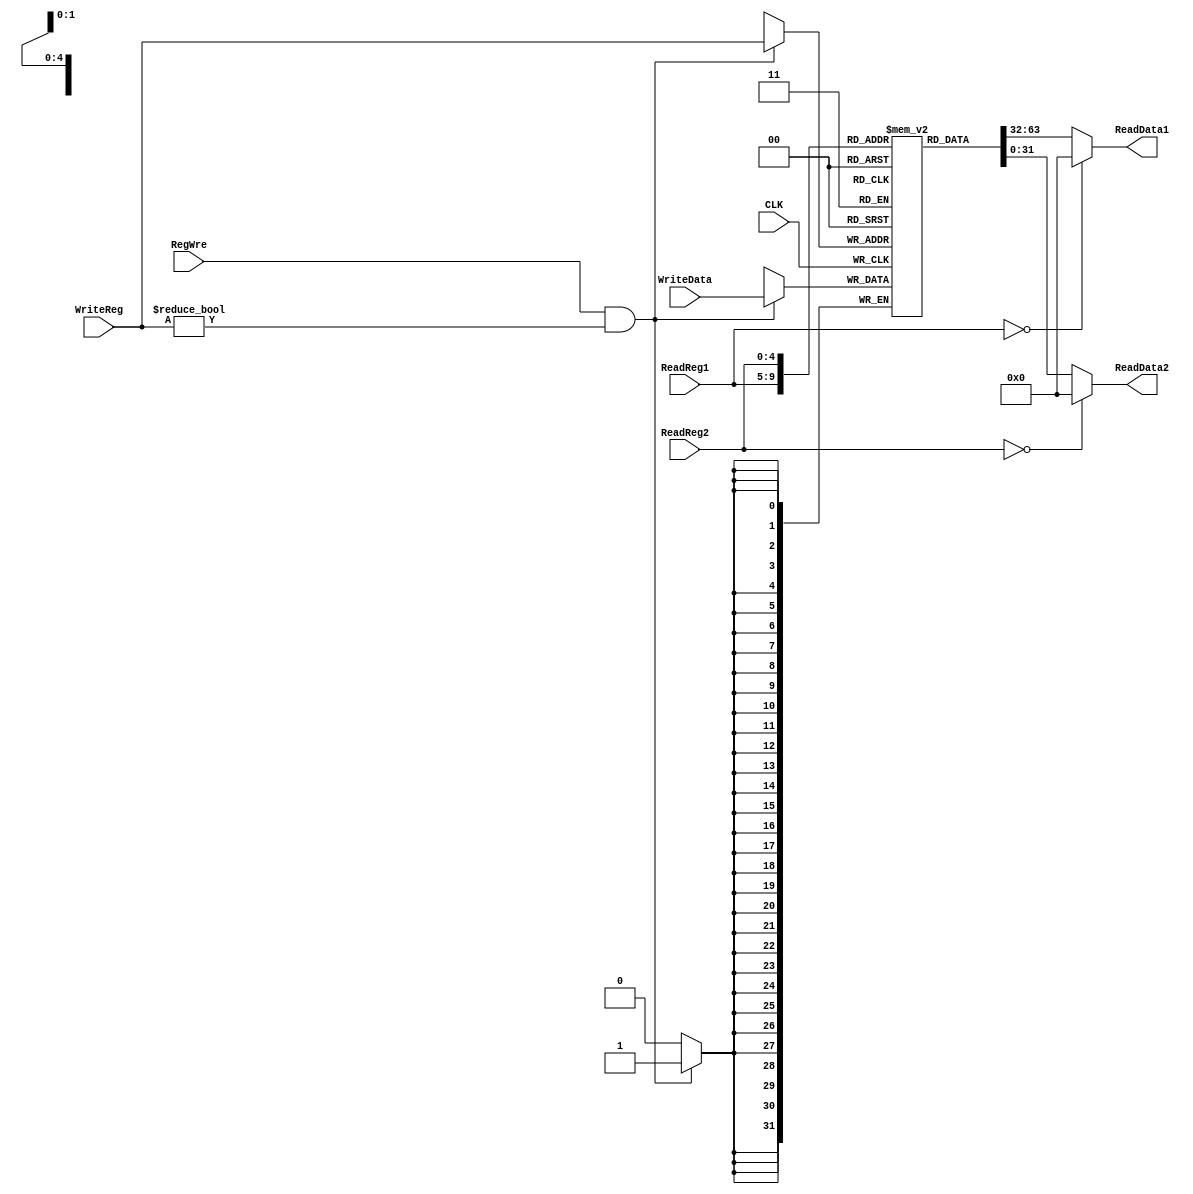
`timescale 1ns / 1ps
//////////////////////////////////////////////////////////////////////////////////
// Company: 
// Engineer: 
// 
// Design Name: 
// Module Name: RegisterFile
// Project Name: 
// Target Devices: 
// Tool Versions: 
// Description: 
// 
// Dependencies: 
// 
// Revision:
// Revision 0.01 - File Created
// Additional Comments:
// 
//////////////////////////////////////////////////////////////////////////////////


module RegisterFile(CLK, ReadReg1, ReadReg2, WriteReg, RegWre, WriteData, ReadData1, ReadData2);
    input CLK;                  //
    input [4:0] ReadReg1;       //1
    input [4:0] ReadReg2;       //2
    input [4:0] WriteReg;       //
    input RegWre;               //
    input [31:0] WriteData;     //
    output [31:0] ReadData1;    //1
    output [31:0] ReadData2;    //2
        
    reg [31:0] regFile[1:31];
    integer i;

    assign ReadData1 = (ReadReg1 == 0) ? 0 : regFile[ReadReg1];
    assign ReadData2 = (ReadReg2 == 0) ? 0 : regFile[ReadReg2];
    
    always @ (negedge CLK) begin
        if (RegWre == 1 && WriteReg != 0)
            regFile[WriteReg] <= WriteData;
    end
endmodule